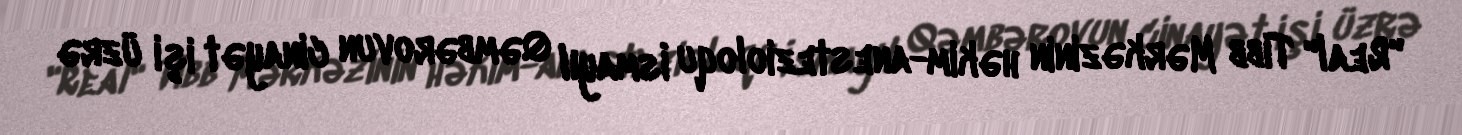
"Real" Tibb Mərkəzinin həkim-anestezioloqu İsmayıl Qəmbərovun cinayət işi üzrə